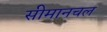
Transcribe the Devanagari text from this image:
सीमानचल